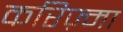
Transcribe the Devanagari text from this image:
करिज़्मा